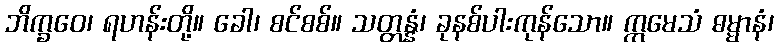
ဘိက္ခဝေ၊ ရဟန်းတို့။ ခေါ၊ စင်စစ်။ သတ္တန္နံ၊ ခုနစ်ပါးကုန်သော။ ဣမေသံ ဓမ္မာနံ၊